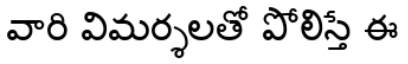
వారి విమర్శలతో పోలిస్తే ఈ